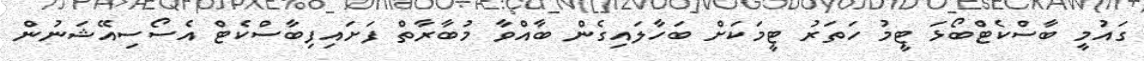
ގައުމީ ބާސްކެޓްބޯޅަ ޓީމު ހަތަރު ޓީމަކަށް ބަހާލައިގެން ބާއްވާ މުބާރާތް ފަށައިފިބާސްކެޓް އެސޯސިއޭޝަނުން